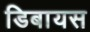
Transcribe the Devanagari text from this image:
डिबायस